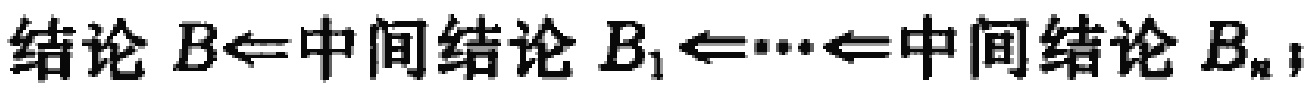
结论 \(B \Leftarrow\)中间结论 \(B_1 \Leftarrow \cdots \Leftarrow\)中间结论 \(B_n\)；